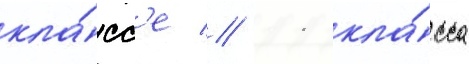
кла́сс'е // 11 кла́сса